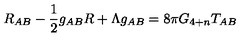
R _ { A B } - \frac { 1 } { 2 } g _ { A B } R + \Lambda g _ { A B } = 8 \pi G _ { 4 + n } T _ { A B }